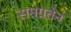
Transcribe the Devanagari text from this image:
समग्रतेनं